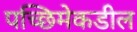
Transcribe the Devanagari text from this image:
पच्छिमेकडील